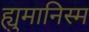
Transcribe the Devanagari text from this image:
ह्युमानिस्म